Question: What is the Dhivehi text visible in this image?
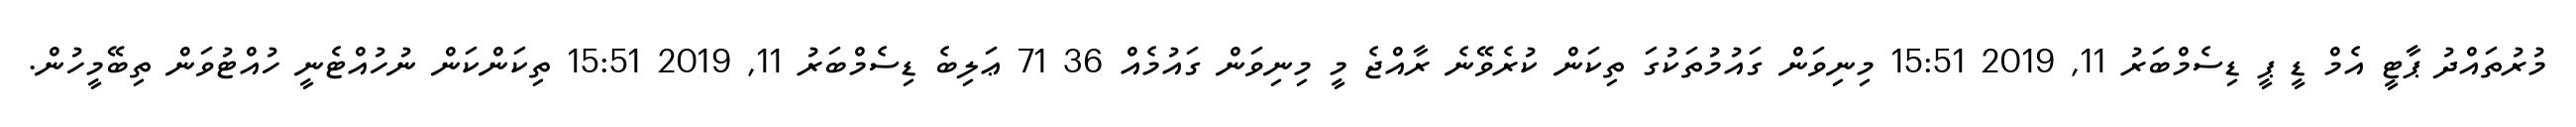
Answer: މުރުތައްދު ޕާޓީ އެމް ޑީ ޕީ ޑިސެމްބަރު 11, 2019 15:51 މިނިވަން ގައުމުތަކުގަ ތިކަން ކުރެވޭނެ ރާއްޖެ މީ މިނިވަން ގައުމެއް 36 71 ޢަލިބެ ޑިސެމްބަރު 11, 2019 15:51 ތިކަންކަން ނުހުއްޓެނީ ހުއްޓުވަން ތިބޭމީހުން.